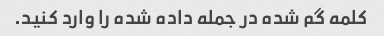
کلمه گم شده در جمله داده شده را وارد کنید.